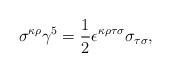
LaTeX: \begin{align*}\sigma^{\kappa\rho}\gamma^{5}=\frac{1}{2}\epsilon^{\kappa\rho\tau\sigma}\sigma_{\tau\sigma},\end{align*}